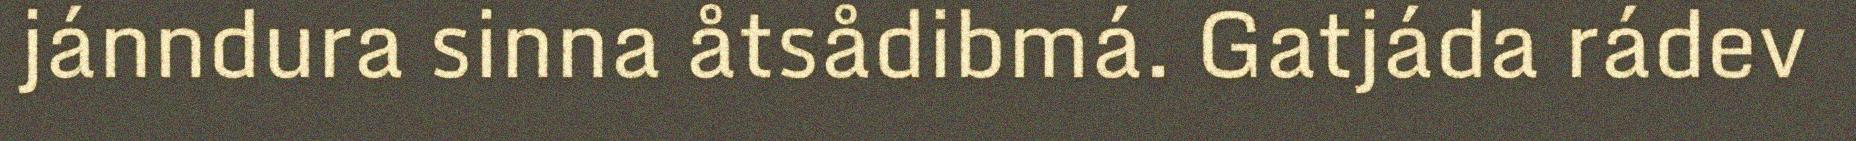
jánndura sinna åtsådibmá. Gatjáda rádev